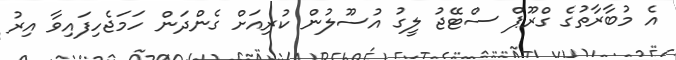
އެ މުބާރާތުގެ ގްރޫޕް ސްޓޭޖު ލީގު އުސޫލުން ކުރިއަށް ގެންދަން ހަމަޖެހިފައިވާ އިރު